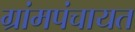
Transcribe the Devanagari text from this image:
ग्रांमपंचायत